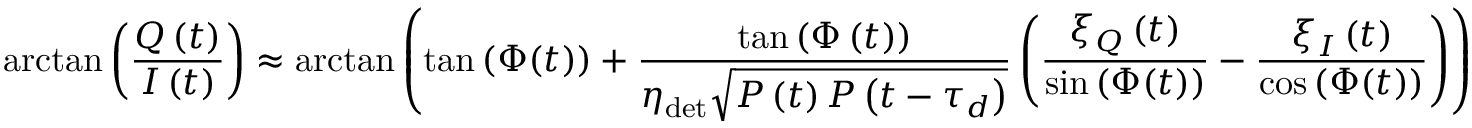
\arctan \left( \frac { Q \left( t \right) } { I \left( t \right) } \right) \approx \arctan \left( \tan { \left( \Phi ( t ) \right) } + \frac { \tan { \left( \Phi \left( t \right) \right) } } { \eta _ { \mathrm { d e t } } \sqrt { P \left( t \right) P \left( t - \tau _ { d } \right) } } \left( \frac { \xi _ { Q } \left( t \right) } { \sin { \left( \Phi ( t ) \right) } } - \frac { \xi _ { I } \left( t \right) } { \cos { \left( \Phi ( t ) \right) } } \right) \right)